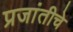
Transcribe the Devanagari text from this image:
प्रजांतीचे